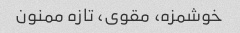
خوشمزه، مقوی، تازه ممنون